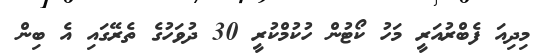
މިދިއަ ފެބްރުއަރީ މަހު ކޯޓުން ހުކުމްކުރީ 30 ދުވަހުގެ ތެރޭގައި އެ ބިން